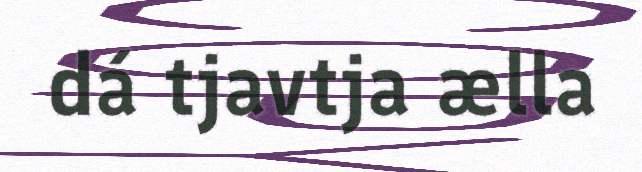
dá tjavtja ælla